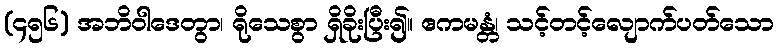
(၄၅၆) အဘိဝါဒေတွာ၊ ရိုသေစွာ ရှိခိုးပြီး၍။ ဧကမန္တံ၊ သင့်တင့်လျောက်ပတ်သော